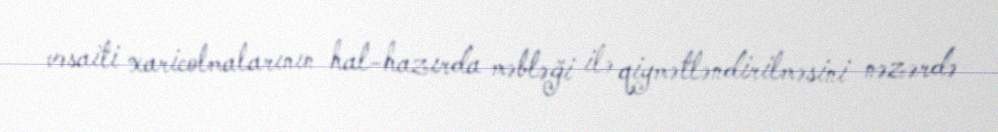
vəsaiti xaricolmalarının hal-hazırda məbləği ilə qiymətləndirilməsini nəzərdə